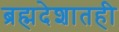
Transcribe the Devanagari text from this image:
ब्रह्मदेशातही